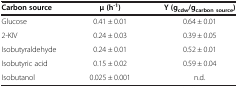
<table><thead><tr><td><b>Carbon source</b></td><td><b>μ (h<sup>-1</sup>)</b></td><td><b>Y (g<sub>cdw</sub>/g<sub>carbon source</sub>)</b></td></tr></thead><tbody><tr><td>Glucose</td><td>0.41 ± 0.01</td><td>0.64 ± 0.01</td></tr><tr><td>2-KIV</td><td>0.24 ± 0.03</td><td>0.39 ± 0.05</td></tr><tr><td>Isobutyraldehyde</td><td>0.24 ± 0.01</td><td>0.52 ± 0.01</td></tr><tr><td>Isobutyric acid</td><td>0.15 ± 0.02</td><td>0.59 ± 0.04</td></tr><tr><td>Isobutanol</td><td>0.025 ± 0.001</td><td>n.d.</td></tr></tbody></table>